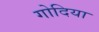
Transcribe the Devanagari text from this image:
गोदिया